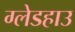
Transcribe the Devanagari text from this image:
ग्लेडहाउ